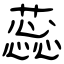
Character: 蕊